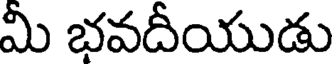
మీ భవదీయుడు